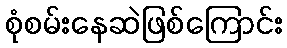
စုံစမ်းနေဆဲဖြစ်ကြောင်း